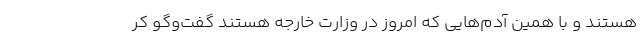
هستند و با همین آدم‌هایی که امروز در وزارت خارجه هستند گفت‌وگو کر